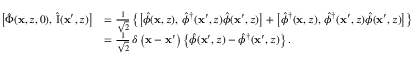
\begin{array} { r l } { \bigl [ \hat { \Phi } ( \mathbf { x } , z , 0 ) , \, \hat { \mathrm { I } } ( \mathbf { x } ^ { \prime } , z ) \bigr ] } & { = \frac { 1 } { \sqrt { 2 } } \left\{ \bigl [ \hat { \phi } ( \mathbf { x } , z ) , \, \hat { \phi } ^ { \dagger } ( \mathbf { x } ^ { \prime } , z ) \hat { \phi } ( \mathbf { x } ^ { \prime } , z ) \bigr ] + \bigl [ \hat { \phi } ^ { \dagger } ( \mathbf { x } , z ) , \, \hat { \phi } ^ { \dagger } ( \mathbf { x } ^ { \prime } , z ) \hat { \phi } ( \mathbf { x } ^ { \prime } , z ) \bigr ] \right\} } \\ & { = \frac { 1 } { \sqrt { 2 } } \, \delta \left( \mathbf { x } - \mathbf { x } ^ { \prime } \right) \left\{ \hat { \phi } ( \mathbf { x } ^ { \prime } , z ) - \hat { \phi } ^ { \dagger } ( \mathbf { x } ^ { \prime } , z ) \right\} . } \end{array}